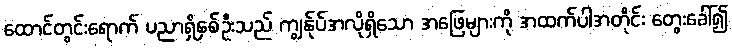
ထောင်တွင်းရောက် ပညာရှိနှစ်ဦးသည် ကျွန်ုပ်အလိုရှိသော အဖြေများကို အထက်ပါအတိုင်း တွေးခေါ်၍